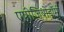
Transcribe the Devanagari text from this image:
एपीजियोटॉमी